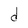
Character: d